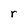
Character: r